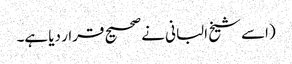
(اسے شیخ البانی نے صحیح قرار دیا ہے۔